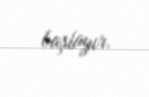
başlayır.